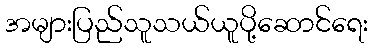
အများပြည်သူသယ်ယူပို့ဆောင်ရေး